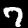
Digit: 7